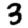
Digit: 3